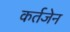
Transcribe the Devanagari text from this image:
कर्तजेन